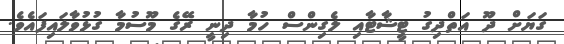
ގަޔަށް ދޫ އަތްދިގު ޓީޝާޓާއި ލެގިންސް ހުމާ ދިނީ ރޭގެ މޫސުމާ ގުޅުވާލައިފައެވެ.